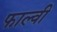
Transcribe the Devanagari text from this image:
फाल्वी